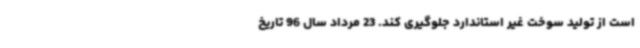
است از تولید سوخت غیر استاندارد جلوگیری کند. 23 مرداد سال 96 تاریخ